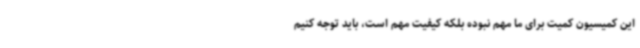
این کمیسیون کمیت برای ما مهم نبوده بلکه کیفیت مهم است، باید توجه کنیم